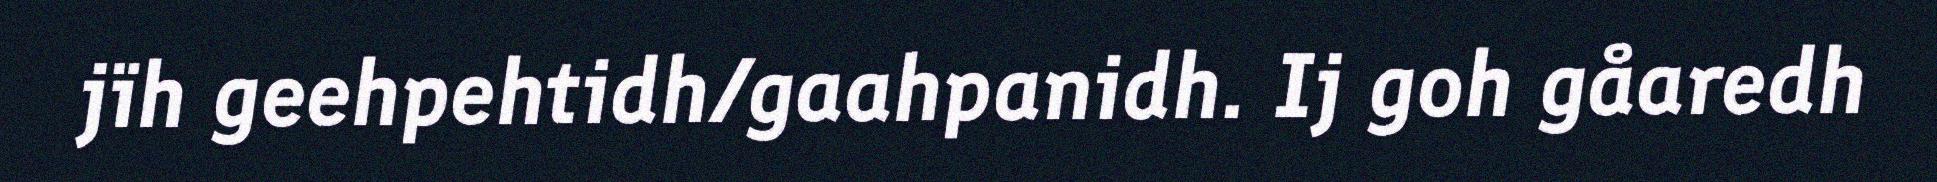
jïh geehpehtidh/gaahpanidh. Ij goh gåaredh